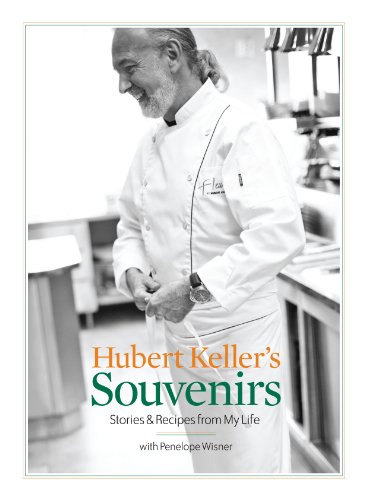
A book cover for Hubert Keller's Souvenirs: Stories and Recipes from My Life; Hubert Keller; Cookbooks, Food & Wine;